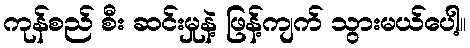
ကုန်စည် စီး ဆင်းမှုနဲ့ ဖြန့်ကျက် သွားမယ်ပေါ့။